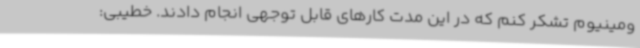
ومینیوم تشکر کنم که در این مدت کارهای قابل توجهی انجام دادند. خطیبی: